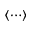
\left\langle \cdots \right\rangle